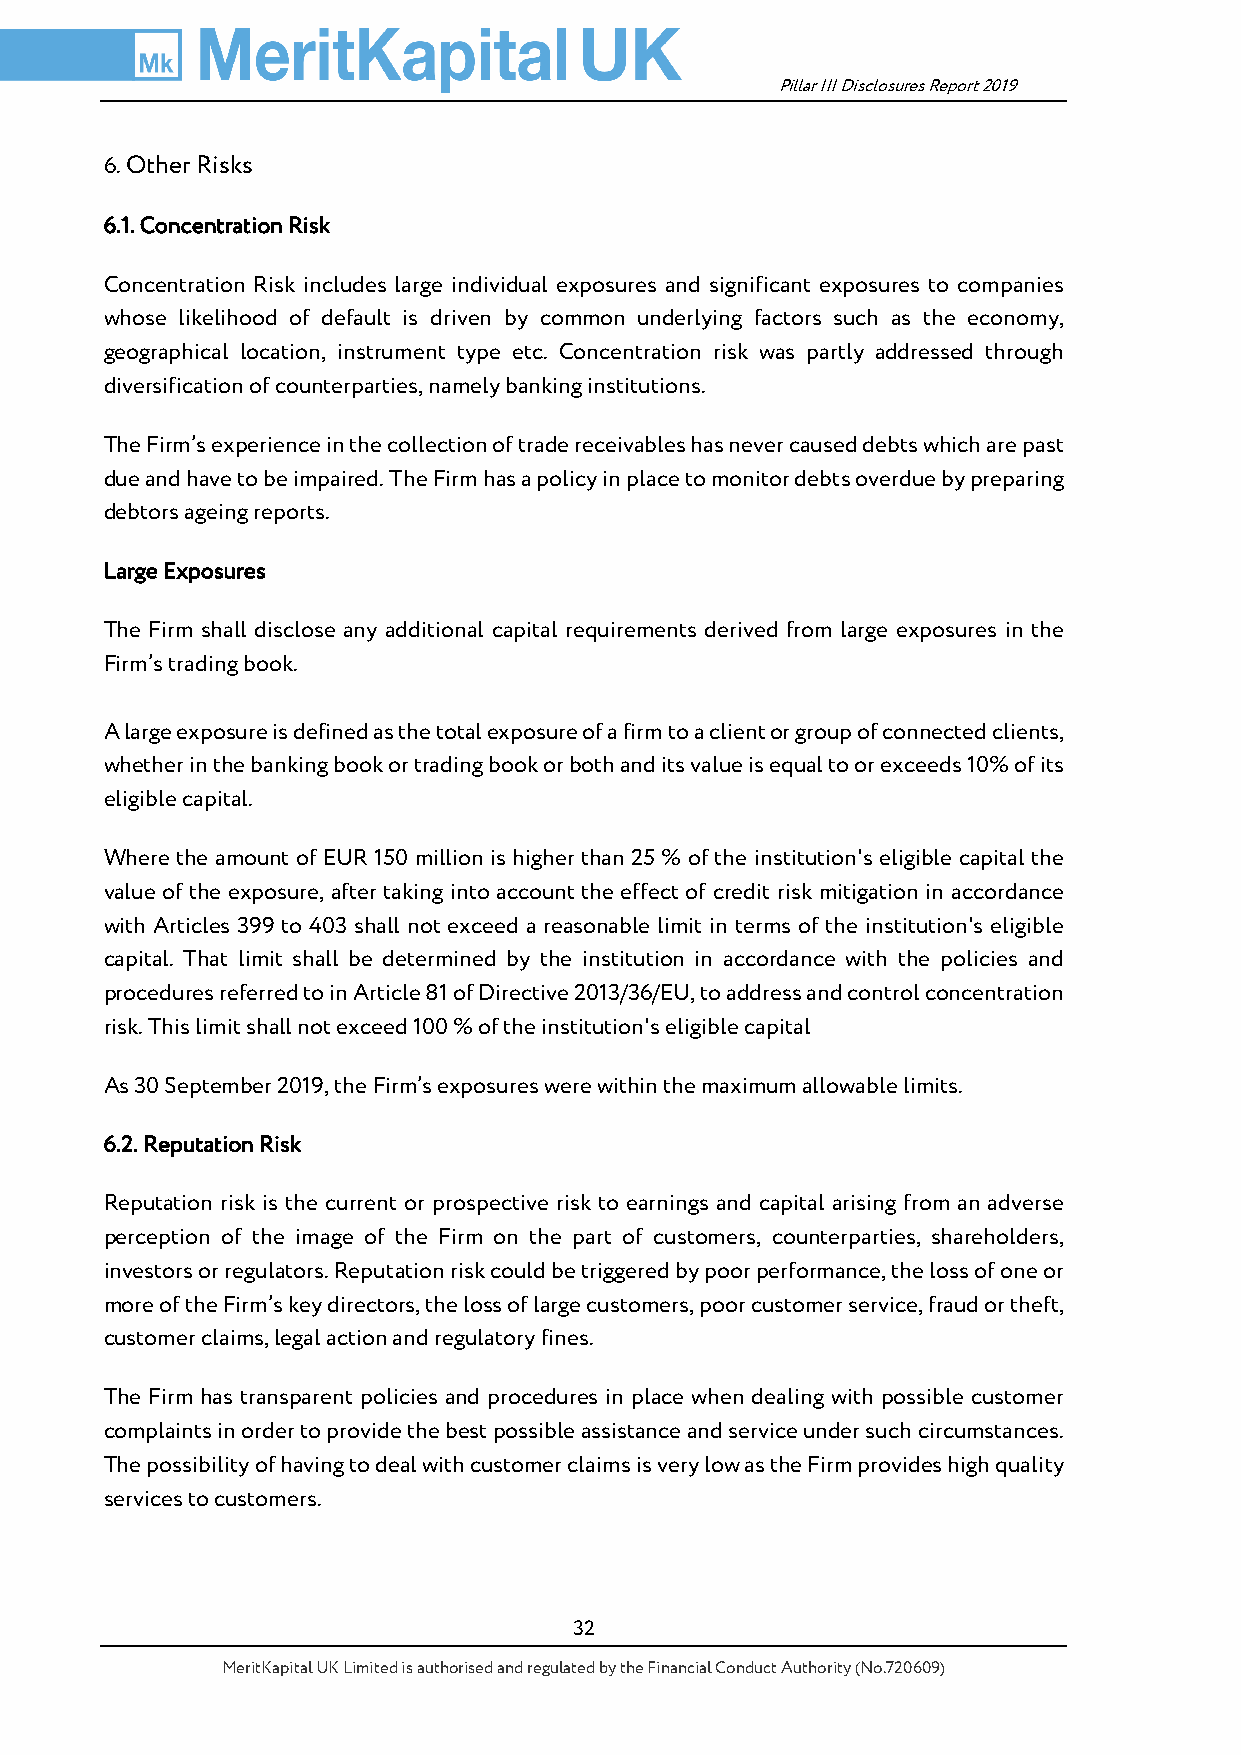
Pillar III Disclosures Report 2019
 6. Other Risks
 6.1. Concentration Risk
 Concentration Risk includes large individual exposures and significant exposures to companies
 whose likelihood of default is driven by common underlying factors such as the economy,
 geographical location, instrument type etc. Concentration risk was partly addressed through
 diversification of counterparties, namely banking institutions.
 The Firm’s experience in the collection of trade receivables has never caused debts which are past
 due and have to be impaired. The Firm has a policy in place to monitor debts overdue by preparing
 debtors ageing reports.
 Large Exposures
 The Firm shall disclose any additional capital requirements derived from large exposures in the
 Firm’s trading book.
 A large exposure is defined as the total exposure of a firm to a client or group of connected clients,
 whether in the banking book or trading book or both and its value is equal to or exceeds 10% of its
 eligible capital.
 Where the amount of EUR 150 million is higher than 25 % of the institution's eligible capital the
 value of the exposure, after taking into account the effect of credit risk mitigation in accordance
 with Articles 399 to 403 shall not exceed a reasonable limit in terms of the institution's eligible
 capital. That limit shall be determined by the institution in accordance with the policies and
 procedures referred to in Article 81 of Directive 2013/36/EU, to address and control concentration
 risk. This limit shall not exceed 100 % of the institution's eligible capital
 As 30 September 2019, the Firm’s exposures were within the maximum allowable limits.
 6.2. Reputation Risk
 Reputation risk is the current or prospective risk to earnings and capital arising from an adverse
 perception of the image of the Firm on the part of customers, counterparties, shareholders,
 investors or regulators. Reputation risk could be triggered by poor performance, the loss of one or
 more of the Firm’s key directors, the loss of large customers, poor customer service, fraud or theft,
 customer claims, legal action and regulatory fines.
 The Firm has transparent policies and procedures in place when dealing with possible customer
 complaints in order to provide the best possible assistance and service under such circumstances.
 The possibility of having to deal with customer claims is very low as the Firm provides high quality
 services to customers.
 32
 MeritKapital UK Limited is authorised and regulated by the Financial Conduct Authority (No.720609)